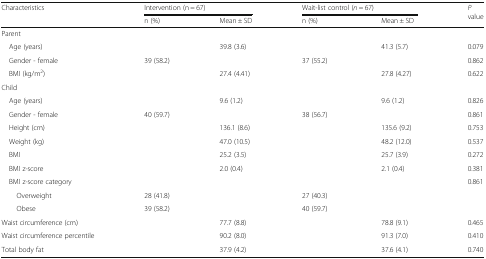
| <ROWSPAN=2> Characteristics | <COLSPAN=2> Intervention (n = 67) | <COLSPAN=2> Wait-list control (n = 67) | <ROWSPAN=2> P value |
 | n (%) | Mean ± SD | n (%) | Mean ± SD |
 | --- | --- | --- | --- | --- | --- |
 | <COLSPAN=6> Parent |
 | Age (years) |  | 39.8 (3.6) |  | 41.3 (5.7) | 0.079 |
 | Gender - female | 39 (58.2) |  | 37 (55.2) |  | 0.862 |
 | BMI (kg/m2) |  | 27.4 (4.41) |  | 27.8 (4.27) | 0.622 |
 | <COLSPAN=6> Child |
 | Age (years) |  | 9.6 (1.2) |  | 9.6 (1.2) | 0.826 |
 | Gender - female | 40 (59.7) |  | 38 (56.7) |  | 0.861 |
 | Height (cm) |  | 136.1 (8.6) |  | 135.6 (9.2) | 0.753 |
 | Weight (kg) |  | 47.0 (10.5) |  | 48.2 (12.0) | 0.537 |
 | BMI |  | 25.2 (3.5) |  | 25.7 (3.9) | 0.272 |
 | BMI z-score |  | 2.0 (0.4) |  | 2.1 (0.4) | 0.381 |
 | BMI z-score category |  |  |  |  | 0.861 |
 | Overweight | 28 (41.8) |  | 27 (40.3) |  |  |
 | Obese | 39 (58.2) |  | 40 (59.7) |  |  |
 | Waist circumference (cm) |  | 77.7 (8.8) |  | 78.8 (9.1) | 0.465 |
 | Waist circumference percentile |  | 90.2 (8.0) |  | 91.3 (7.0) | 0.410 |
 | Total body fat |  | 37.9 (4.2) |  | 37.6 (4.1) | 0.740 |